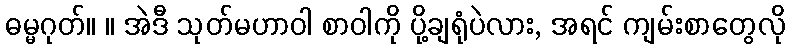
ဓမ္မဂုတ်။ ။ အဲဒီ သုတ်မဟာဝါ စာဝါကို ပို့ချရုံပဲလား, အရင် ကျမ်းစာတွေလို